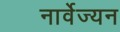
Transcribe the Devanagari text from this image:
नार्वेज्यन